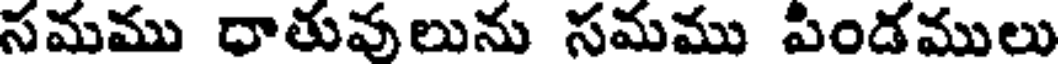
సమము ధాతువులును సమము పిండములు